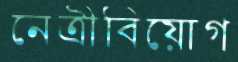
নেত্রীবিয়োগ